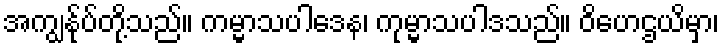
အကျွန်ုပ်တို့သည်။ ကမ္မာသပါဒေန၊ ကုမ္မာသပါဒသည်။ ဝိဟေဌယိမှာ၊